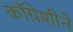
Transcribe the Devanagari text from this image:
कॉग्रेशीने